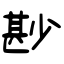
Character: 尠